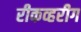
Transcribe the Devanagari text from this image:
रीकव्हरीग